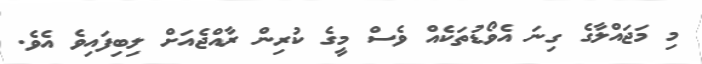
މި މަޖައްލާގެ ގިނަ އެވޯޑުތަކެއް ވެސް މީގެ ކުރިން ރާއްޖެއަށް ލިބިފައިވެ އެވެ.